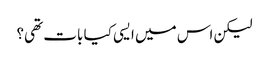
لیکن اس میں ایسی کیا بات تھی؟